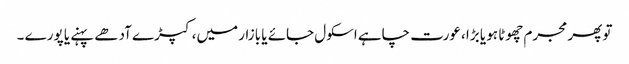
تو پھر مجرم چھوٹا ہو یا بڑا ،عورت چاہے اسکول جائے یا بازار میں، کپڑے آدھے پہنے یا پورے ۔